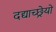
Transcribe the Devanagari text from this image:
दद्याच्छ्रेयो